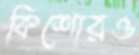
কিশোরও